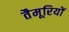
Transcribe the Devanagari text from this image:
तैमूरियों